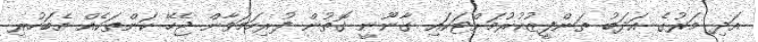
އަދި މަރުގެ އަދަބު ތަންފީޒުކުރުމަށްޓަކައި ގާނޫނީ ގޮތުން ފުރިހަމަވާން ޖެހޭ ކަންތަކެއް އެބަހުރި